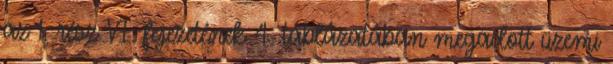
az 1. rész VI. fejezetének 4. táblázatában megadott üzemi